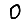
Digit: 0